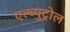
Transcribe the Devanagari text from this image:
एल्ब्युट्रोल